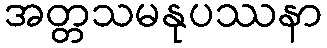
အတ္တသမနုပဿနာ